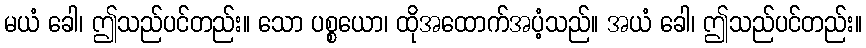
မယံ ခေါ၊ ဤသည်ပင်တည်း။ သော ပစ္စယော၊ ထိုအထောက်အပံ့သည်။ အယံ ခေါ၊ ဤသည်ပင်တည်း။